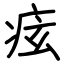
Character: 痃